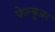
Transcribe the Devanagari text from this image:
फेल्यूअर